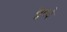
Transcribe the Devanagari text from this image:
युध्दे